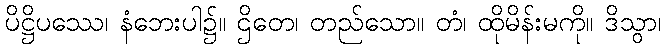
ပိဋ္ဌိပဿေ၊ နံဘေးပါ၌။ ဌိတေ၊ တည်သော။ တံ၊ ထိုမိန်းမကို။ ဒိသွာ၊